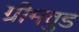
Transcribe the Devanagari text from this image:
ग्रीमवुड